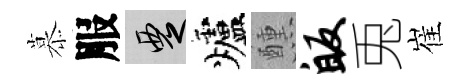
慕服覂爐醺皈兎崔